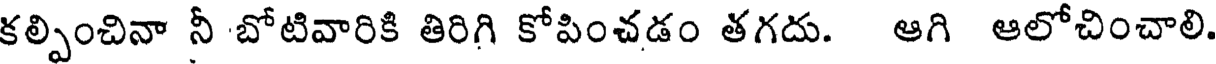
కల్పించినా నీ బోటివారికి తిరిగి కోపించడం తగదు. ఆగి ఆలోచించాలి.